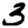
Digit: 3